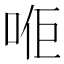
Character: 𠳔